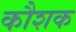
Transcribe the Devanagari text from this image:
कौशक